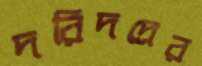
দরিদদ্রের